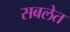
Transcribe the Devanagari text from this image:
सबलेत